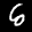
Label: 6